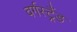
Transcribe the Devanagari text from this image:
वर्गस्ट्रैंड